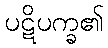
ပဋိပက္ခ၏